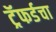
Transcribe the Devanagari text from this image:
ट्रॅफर्डचा